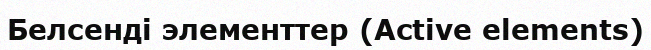
Белсенді элементтер (Active elements)